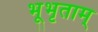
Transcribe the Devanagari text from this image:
भूभृताम्